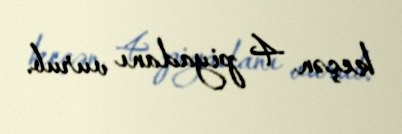
keçən 4 piyadanı vurub.